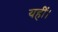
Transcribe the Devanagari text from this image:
यहीं।